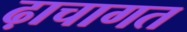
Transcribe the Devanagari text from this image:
ढ़ाचागत